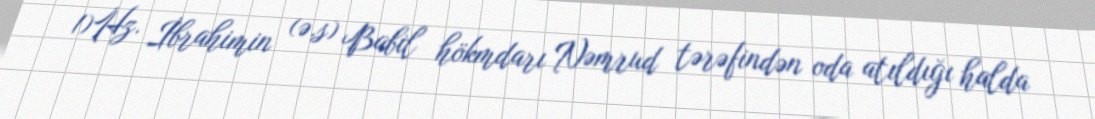
1)Hz. İbrahimin (ə.s) Babil hökmdarı Nəmrud tərəfindən oda atıldığı halda